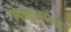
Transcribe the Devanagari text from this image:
मेलुआना